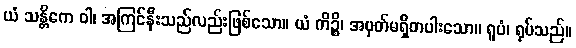
ယံ သန္တိကေ ဝါ၊ အကြင်နီးသည်လည်းဖြစ်သော။ ယံ ကိဉ္စိ၊ အမှတ်မရှိတပါးသော။ ရူပံ၊ ရုပ်သည်။